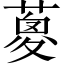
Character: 𦹰